Leaving Certificate Examination (including Day School Certificate (Higher) General paper), 1935
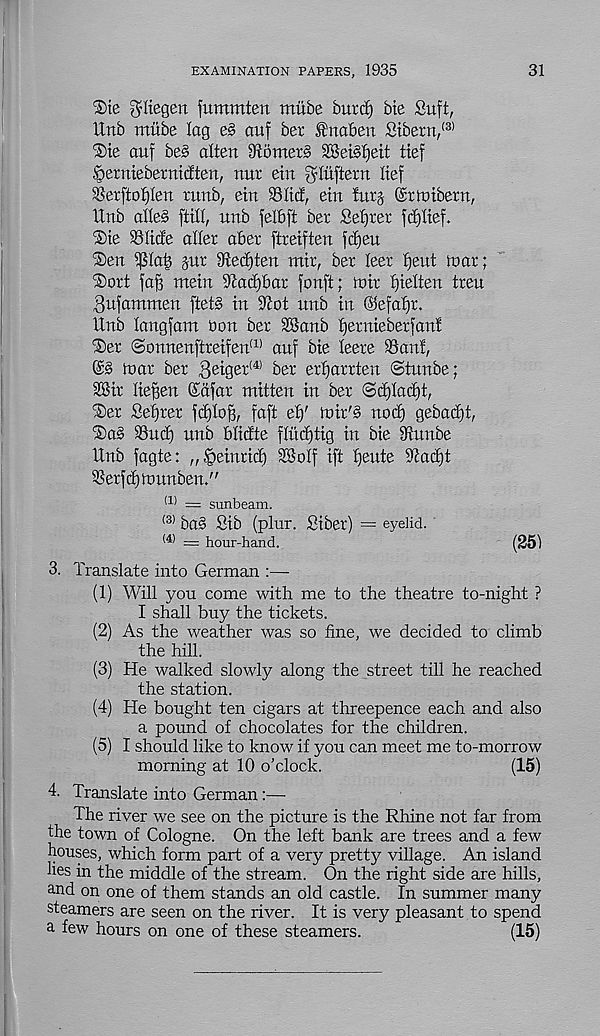
EXAMINATION PAPERS, 1935
31
®te $Kegen fummten mitbe burcf) bie Suft,
Unb mitbe lag e§ aitf ber ^naben Stbent/ 3)
®ie auf be§ alien 915 met § SBeisfjeit lief
Semiebermcften, nur ein ^lliftern lief
Serftof)len runb, ein Slid, etn !urj ©rtnibern,
llnb alle§ [till, nnb felbft ber Seljrer fdjltef.
®te Slide aller aber ftreiften jdjeu
®en ^lab pr Sledjten mtr, ber leer f)eut roar;
®ort fag mein 91ad)bar fonft; loir Ijielten treu
^ufammen ftetb in Scot nnb in ©efaljr.
Unb langfam Don ber 28anb Ijernieberfan!
'Ser @onnenftreifen (1) anf bie leere San!,
@3 loar ber 3eiger (4) g er er^arrten ©tunbe;
SSir liegen Kdfar mitten in ber <Sd)lad)t,
®er Seljrer fctjlofs, faft el)' n>ir'§ nod) gebadjt,
®a§ Sue!) unb blidte flitdjtig in bie Suube
Unb fagte: „§einrid) SBolf ift Ijeute Sad)t
Serfdjtnunben."
(1 > — sunbeam.
(3) ba§ Sib (plur. Siber) --- eyelid.
l4) = hour-hand.
(25)
3. Translate into German :—■
(1) Will you come with me to the theatre to-night ?
I shall buy the tickets.
(2) As the weather was so fine, we decided to climb
the hill.
(3) He walked slowly along the street till he reached
the station.
(4) He bought ten cigars at threepence each and also
a pound of chocolates for the children.
(5) I should like to know if you can meet me to-morrow
morning at 10 o’clock.
(15)
4. Translate into German:—
The river we see on the picture is the Rhine not far from
the town of Cologne. On the left bank are trees and a few
houses, which form part of a very pretty village. An island
lies in the middle of the stream. On the right side are hills,
and on one of them stands an old castle. In summer many
steamers are seen on the river. It is very pleasant to spend
a few hours on one of these steamers.
(15)